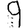
Digit: 9